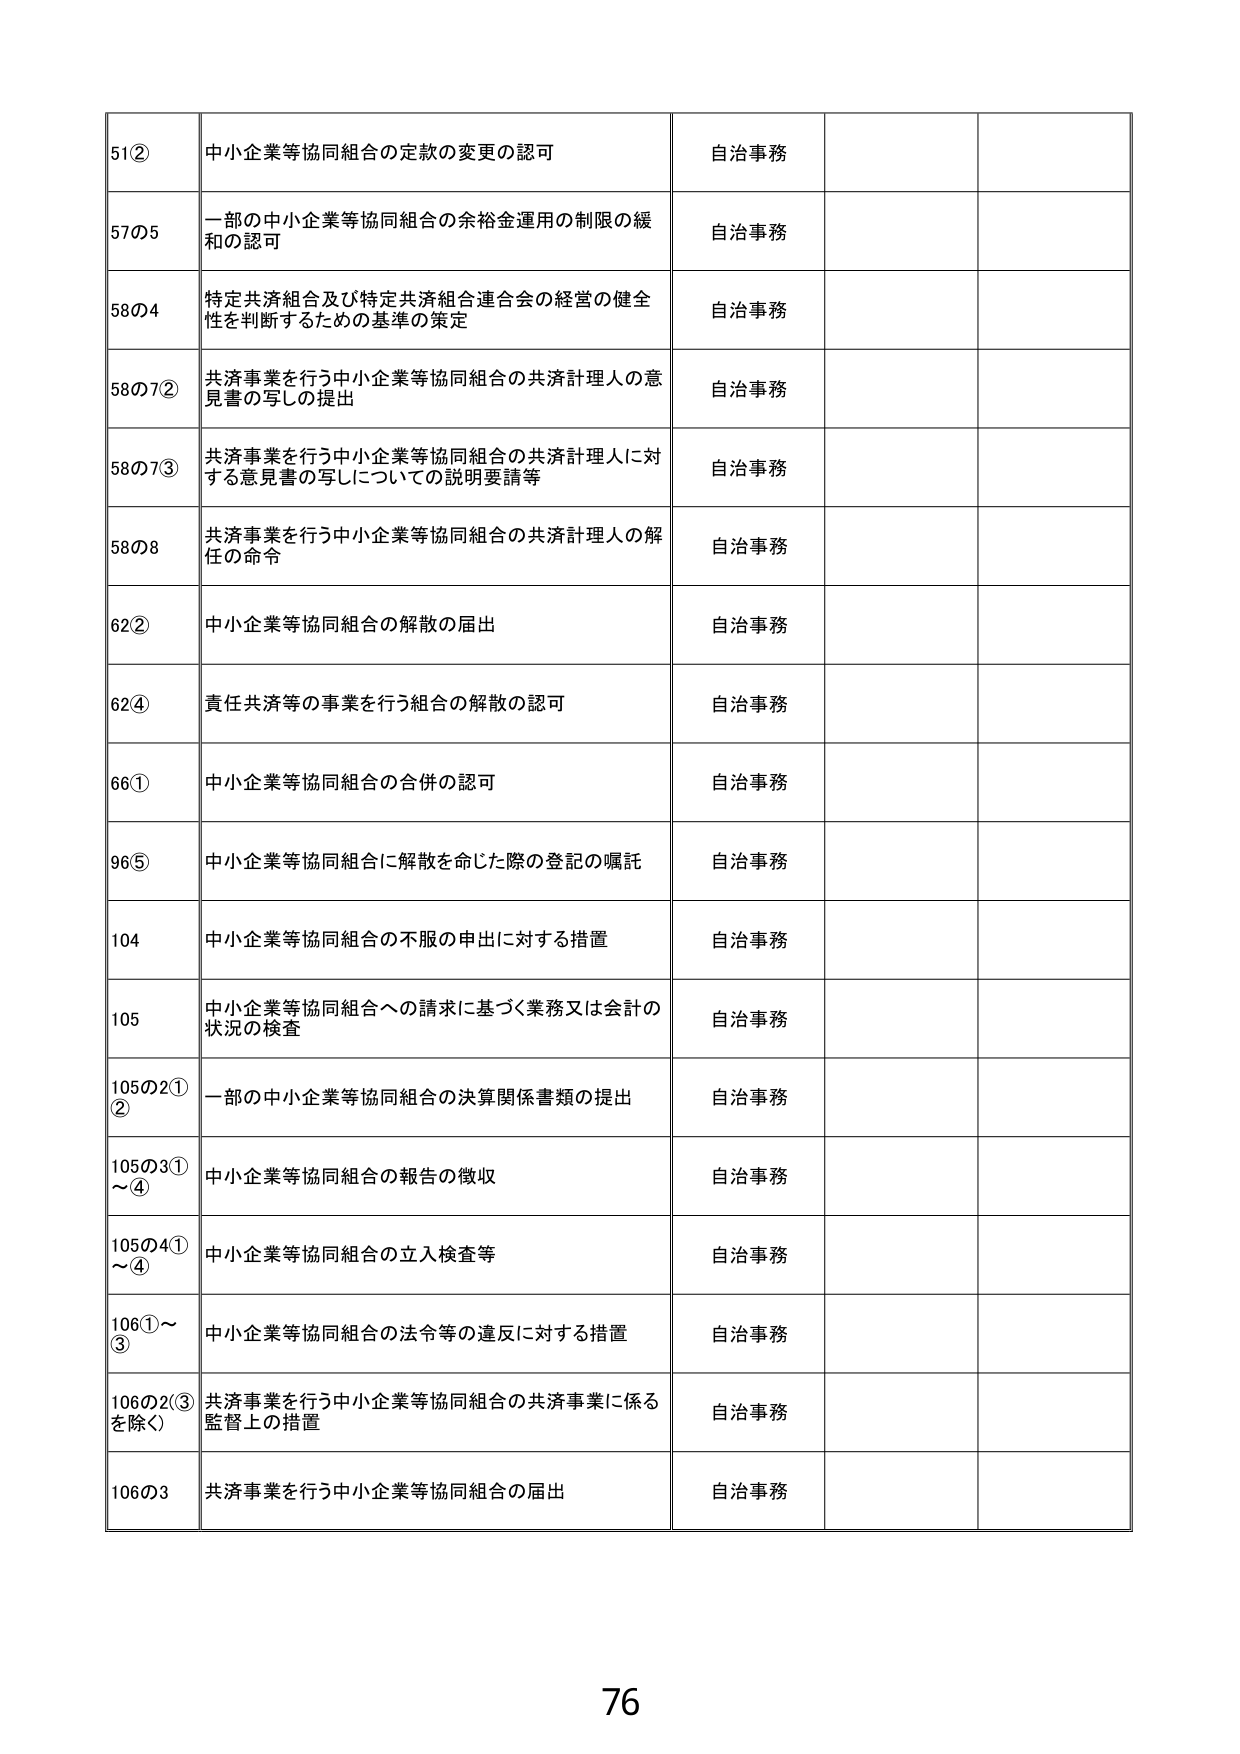
51② 中小企業等協同組合の定款の変更の認可 自治事務
57の5 一部の中小企業等協同組合の余裕金運用の制限の緩和の認可 自治事務
58の4 特定共済組合及び特定共済組合連合会の経営の健全性を判断するための基準の策定 自治事務
58の7② 共済事業を行う中小企業等協同組合の共済計理人の意見書の写しの提出 自治事務
58の7③ 共済事業を行う中小企業等協同組合の共済計理人に対する意見書の写しについての説明要請等 自治事務
58の8 共済事業を行う中小企業等協同組合の共済計理人の解任の命令 自治事務
62② 中小企業等協同組合の解散の届出 自治事務
62④ 責任共済等の事業を行う組合の解散の認可 自治事務
66① 中小企業等協同組合の合併の認可 自治事務
96⑤ 中小企業等協同組合に解散を命じた際の登記の嘱託 自治事務
104 中小企業等協同組合の不服の申出に対する措置 自治事務
105 中小企業等協同組合への請求に基づく業務又は会計の状況の検査 自治事務
105の2①② 一部の中小企業等協同組合の決算関係書類の提出 自治事務
105の3①～④ 中小企業等協同組合の報告の徴収 自治事務
105の4①～④ 中小企業等協同組合の立入検査等 自治事務
106①～③ 中小企業等協同組合の法令等の違反に対する措置 自治事務
106の2③を除く 共済事業を行う中小企業等協同組合の共済事業に係る監督上の措置 自治事務
106の3 共済事業を行う中小企業等協同組合の届出 自治事務
76